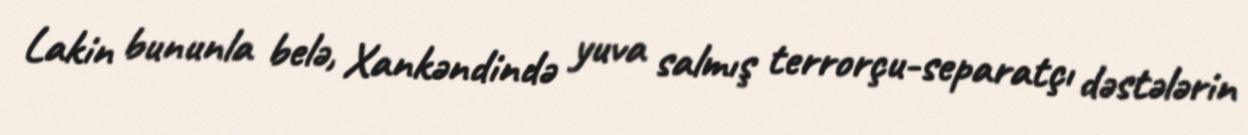
Lakin bununla belə, Xankəndində yuva salmış terrorçu-separatçı dəstələrin